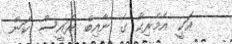
އަކީ އެމެރިކާ ގެ ނާއިބް ރައީސް ކަން